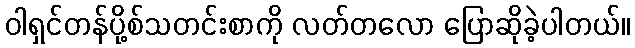
ဝါရှင်တန်ပို့စ်သတင်းစာကို လတ်တလော ပြောဆိုခဲ့ပါတယ်။